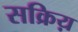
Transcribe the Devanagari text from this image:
सक्रिय़